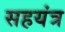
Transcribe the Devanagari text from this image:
सहयंत्र